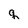
Character: q